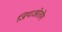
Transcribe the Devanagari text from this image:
जियाओतोंग